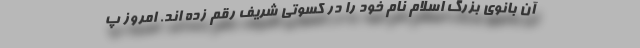
آن بانوی بزرگ اسلام نام خود را در کسوتی شریف رقم زده اند. امروز پ